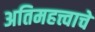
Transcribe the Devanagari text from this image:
अतिमहत्त्वाचे